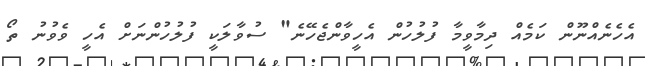
އެހެނެއްނޫން ކަމެއް ދިމާވީމާ ފުލުހުން އެހީވާންޖެހޭނެ" ސުވާލަކީ ފުލުހުންނަށް އެހީ ވެވުނު ތޯ